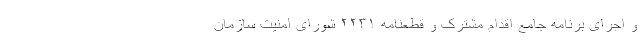
و اجرای برنامه جامع اقدام مشترک و قطعنامه ۲۲۳۱ شورای امنیت سازمان